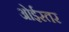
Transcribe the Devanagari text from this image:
ओईस्तर